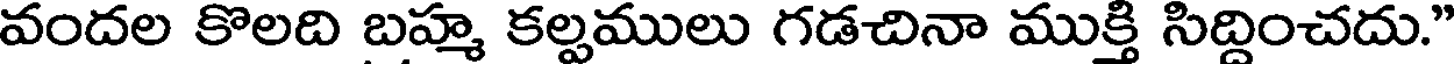
వందల కొలది బహ్మ కల్పములు గడచినా ముక్తి సిద్దించదు."